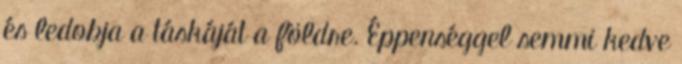
és ledobja a táskáját a földre. Éppenséggel semmi kedve